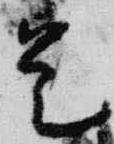
是